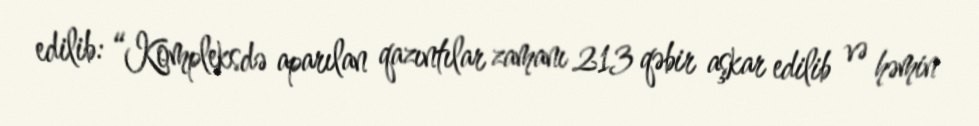
edilib: “Kompleksdə aparılan qazıntılar zamanı 213 qəbir aşkar edilib və həmin